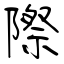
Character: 際